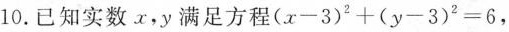
10.已知实数x，y满足方程 $$( x - 3 ) ^ { 2 } + ( y - 3 ) ^ { 2 } = 6$$，